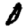
Digit: 0